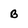
Character: B